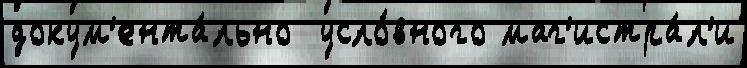
докум'ента́льно  усло́вного маг'истра́л'и